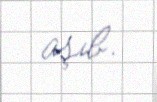
aşıb.